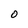
Character: O